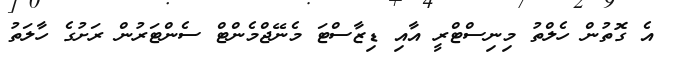
އެ ގޮތުން ހެލްތު މިނިސްޓްރީ އާއި ޑިޒާސްޓަ މެނޭޖްމެންޓް ސެންޓަރުން ރަށުގެ ހާލަތު